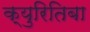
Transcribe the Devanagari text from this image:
क्युरितिबा